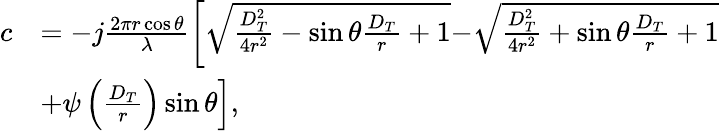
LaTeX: \begin{array}{rl}{c}&{=-j\frac{{2\pi r\cos\theta}}{\lambda}\left[{{\sqrt{\frac{{D_{T}^{2}}}{{4{r^{2}}}}-\sin\theta\frac{{{D_{T}}}}{r}+1}}}{-\sqrt{\frac{{D_{T}^{2}}}{{4{r^{2}}}}+\sin\theta\frac{{{D_{T}}}}{r}+1}}\right.}\\ &{\left.+\psi\left(\frac{D_{T}}{r}\right)\sin\theta\right],}\end{array}